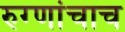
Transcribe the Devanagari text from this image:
रुग्णांचाच